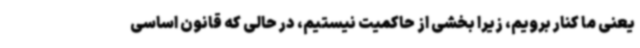
یعنی ما کنار برویم، زیرا بخشی از حاکمیت نیستیم، در حالی که قانون اساسی